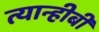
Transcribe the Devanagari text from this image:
त्यान्हीबी